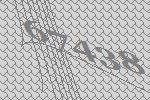
67438